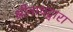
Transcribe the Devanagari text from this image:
श्रीनाथद्वारा